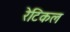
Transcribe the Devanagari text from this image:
रेटिकल